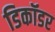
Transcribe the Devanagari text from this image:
डिकॉडर